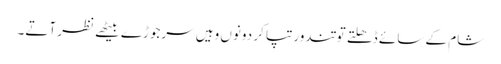
شام کے سائے ڈھلتے تو تندور تپا کر دونوں وہیں سرجوڑے بیٹھے نظر آتے۔